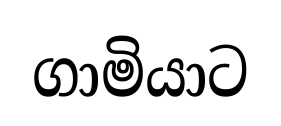
ගාමියාට